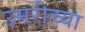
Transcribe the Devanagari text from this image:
उमरीच्या